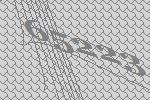
65223